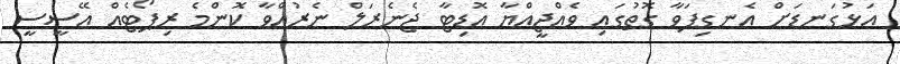
އަޅުގަނޑަށް އެނގިފަވާ ގޮތުގައި ވެއްޖީއްޔާ އޮޑިޓާ ޖެނެރަލް ނެރުއްވާ ކޮންމެ ރިޕޯޓެއް އޭސީސީ